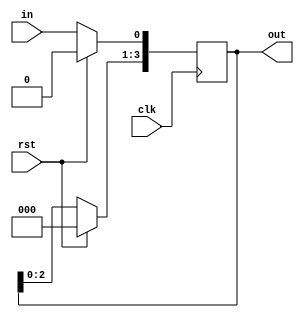
`timescale 1ns / 1ps

module ShiftRegister(in, out, clk, rst);
    input in, clk, rst;
    output[3:0] out;
    reg[3:0] out;
    
    initial begin
    out =4'b1010;
    end
   
    always@(posedge clk) begin
        if(rst==1)
          out=4'b0000;
        else begin
        out = out<<1;           
        out[0] = in;
        end
   end
endmodule